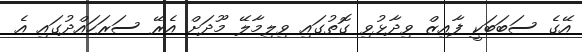
އޭގެ ސަބަބަކީ ފާއިޒް ވިދާޅުވި ގޮތުގައި ވިލިމާލޭ މޫދަށް އެރޭ ސަރަހައްދުގައި އެ